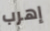
إهرب